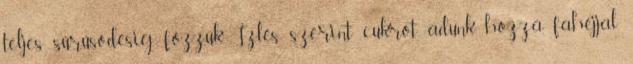
teljes sűrűsödésig főzzük. Ízlés szerint cukrot adunk hozzá, fahéjjal